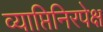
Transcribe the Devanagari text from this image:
व्याप्तिनिरपेक्ष